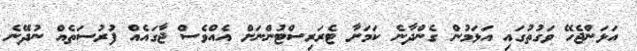
އަޅަންޖެހޭ ވަގުތުގައި އަޅަމުން ގެންދާނެ ކަމަށާ ޓެރަރިސްޓުންނަށް އެއްވެސް ޖާގައެއް ފުރުސަތެއް ނުދޭނެ